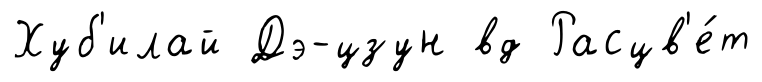
Хуб'илай Дэ-цзун вд Расцв'е́т